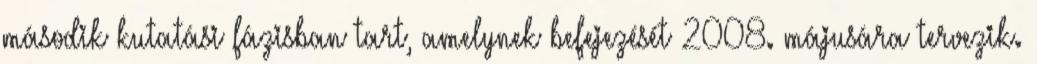
második kutatási fázisban tart, amelynek befejezését 2008. májusára tervezik.